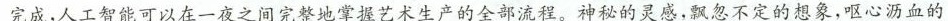
完成，人工智能可以在一夜之间完整地掌握艺术生产的全部流程。神秘的灵感，飘忽不定的想象，呕心沥血的